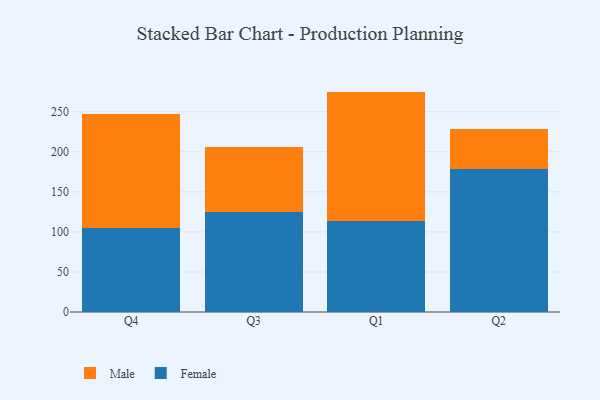
{"axis": {"x": "Quarter", "y": "Market Share (%)"}, "legend": ["Female", "Male"], "data": [{"x": "Q4", "y": 105.0, "type": "Female"}, {"x": "Q4", "y": 142.2, "type": "Male"}, {"x": "Q3", "y": 124.5, "type": "Female"}, {"x": "Q3", "y": 81.7, "type": "Male"}, {"x": "Q1", "y": 114.0, "type": "Female"}, {"x": "Q1", "y": 161.1, "type": "Male"}, {"x": "Q2", "y": 178.6, "type": "Female"}, {"x": "Q2", "y": 49.8, "type": "Male"}]}